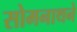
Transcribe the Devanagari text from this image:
सोमनाथने